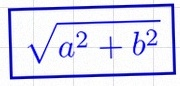
\sqrt{a^2+b^2}